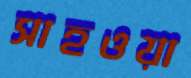
সাহওয়া